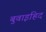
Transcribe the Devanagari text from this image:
बुवाइहिद